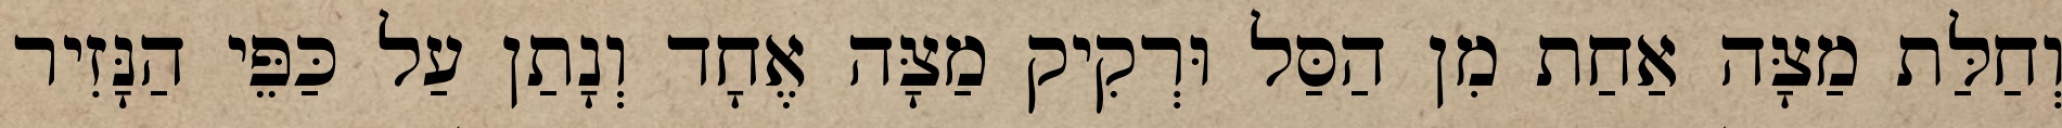
וְחַלַּת מַצָּה אַחַת מִן הַסַּל וּרְקִיק מַצָּה אֶחָד וְנָתַן עַל כַּפֵּי הַנָּזִיר